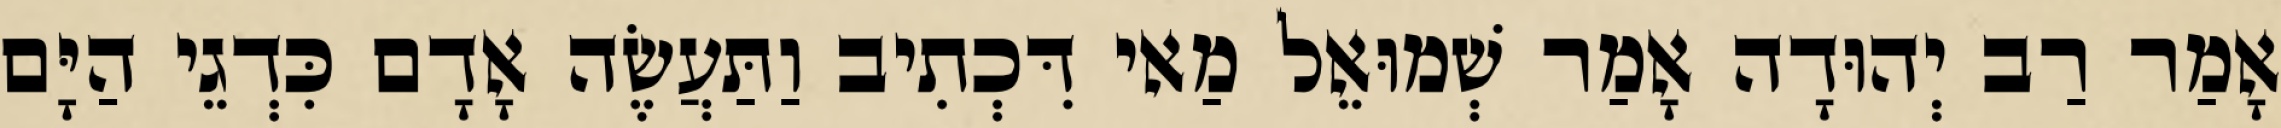
אָמַר רַב יְהוּדָה אָמַר שְׁמוּאֵל מַאי דִּכְתִיב וַתַּעֲשֶׂה אָדָם כִּדְגֵי הַיָּם